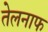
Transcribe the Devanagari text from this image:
तेलनाफ